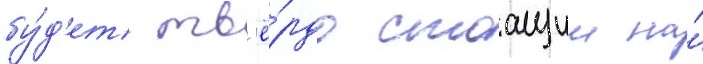
бу́д'ет тв'ё́рдо стоащии на́